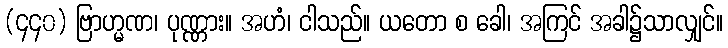
(၄၄၀) ဗြာဟ္မဏ၊ ပုဏ္ဏား။ အဟံ၊ ငါသည်။ ယတော စ ခေါ၊ အကြင် အခါ၌သာလျှင်။